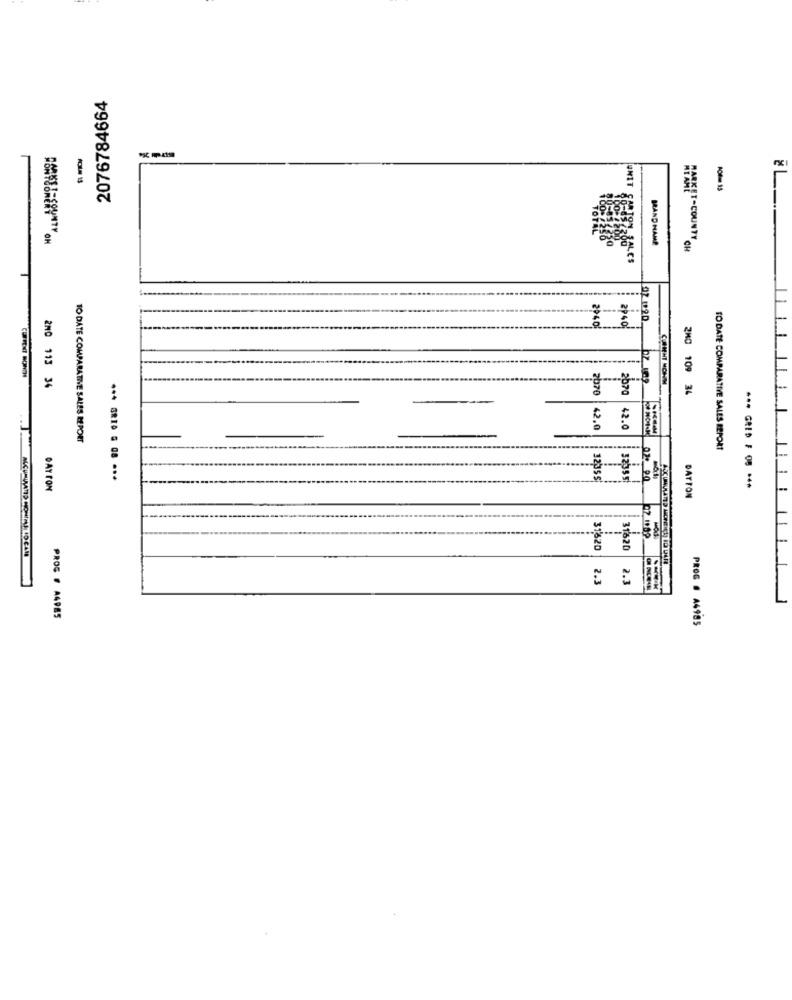
2076784664
MAND HAMP
AMREST-COUNTY CH
FARTON SALES
2040
02 120.
2940
2M0 113 34
2070
2070
2H0 109 34
42.0
42.0
TO DATE COMPARATIVE SALES REPORT
TO DATE COMPARATIVE SALES REPORT
-
DAY CON
DAYTON
31820
31820
1) HONINE LO CAM
2.3
2.3
PROC / A4985
PROG # 44985